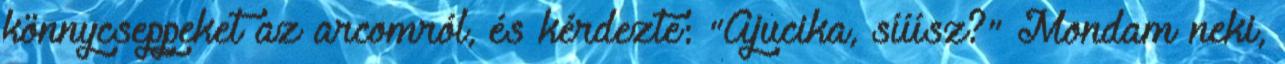
könnycseppeket az arcomról, és kérdezte: "Ajucika, sííísz?" Mondam neki,